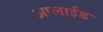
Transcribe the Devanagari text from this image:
अप्‍लाईड